Report on vaccination in Madras 1877-1894 - 1877-1894
Year: 1877
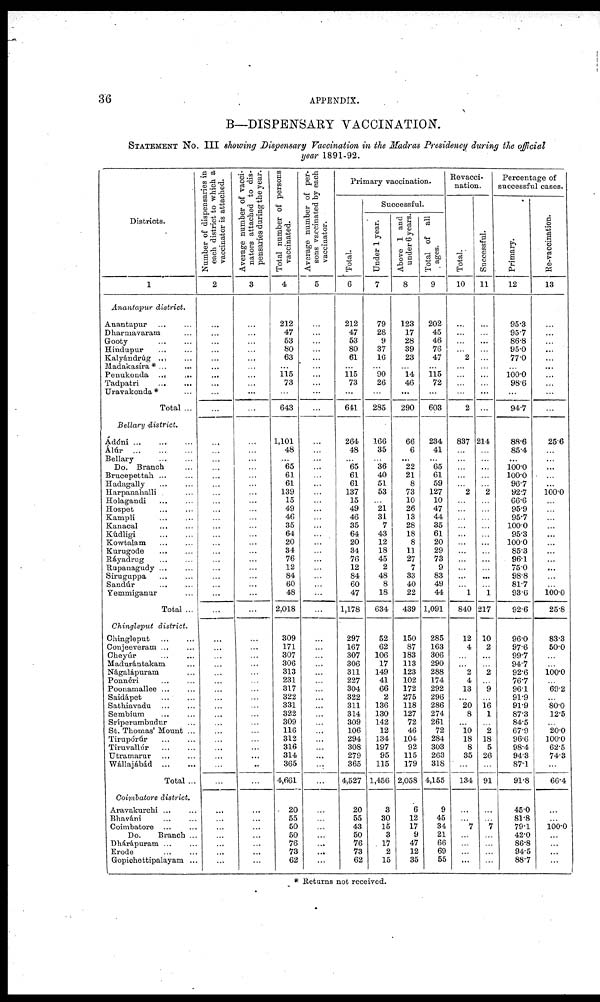
36
APPENDIX.
B—DISPENSARY VACCINATION.
STATEMENT No. III showing Dispensary Vaccination in the Madras Presidency during the official
year 1891-92.
Districts.
1
Anantapur district.
Anantapur ... ...
Dharmavaram ...
Gooty
...
...
Hindupur ... ...
Kalyándrúg ... ...
Madakasíra * ... ...
Penukonda
...
...
Tadpatri
...
...
Uravakonda* ...
Total ...
Bellary district.
Ádóni
...
...
...
Álúr
...
...
...
Bellary
...
...
Do. Branch ...
Brucepettah ... ...
Hadagally ... ...
Harpanahalli ... ...
Holagandi
...
...
Hospet ... ...
Kampli
...
...
Kanacal ... ...
Kúdligi
...
...
Kowtalam
...
...
Kurugode ... ...
Ráyadrug
...
...
Rupanagudy ... ...
Siruguppa
...
...
Sandúr ... ...
Yemmiganur ...
Total ...
Chingleput district.
Chingleput
...
...
Conjeeveram ... ...
Cheyúr ... ...
Madurántakam ...
Nágalápuram ...
Ponnéri
...
...
Poonamallee ... ...
Saidápet ... ...
Sathiavadu ... ...
Sembium ... ...
Sríperumbudur ...
St. Thomas' Mount ...
Tirupórúr ... ...
Tiruvallúr ... ...
Utramarur
...
...
Wállajábád
...
...
Total ...
Coimbatore district.
Aravaknuchi ... ...
Bhaváni ... ...
Coimbatore ... ...
Do.
Branch ...
Dhárápuram ... ...
Erode
...
...
Gopichettipalayam ...
Number of dispensaries in
each district to which a
vaccinator is attached.
2
...
...
...
...
...
...
...
...
...
...
...
...
...
...
...
...
...
...
...
...
...
...
...
...
...
...
...
...
...
...
...
...
...
...
...
...
...
...
...
...
...
...
...
...
...
...
...
...
...
...
...
...
...
...
Average number of vacci-
nators attached to dis-
pensaries during the year.
3
...
...
...
...
...
...
...
...
...
...
...
...
...
...
...
...
...
...
...
...
...
...
...
...
...
...
...
...
...
...
...
...
...
...
...
...
...
...
...
...
...
...
...
...
...
...
...
...
...
...
...
...
...
...
Total number of persons
vaccinated.
4
212
47
53
80
63
...
115
73
...
643
1,101
48
...
65
61
61
139
15
49
46
35
64
20
34
76
12
84
60
48
2,018
309
171
307
306
313
231
317
322
331
322
309
116
312
316
314
365
4,661
20
55
50
50
76
73
62
Average number of per-
sons vaccinated by each
vaccinator.
5
...
...
...
...
...
...
...
...
...
...
...
...
...
...
...
...
...
...
...
...
...
...
...
...
...
...
...
...
...
...
...
...
...
...
...
...
...
...
...
...
...
...
...
...
...
...
...
...
...
...
...
...
...
...
Primary vaccination.
Total.
6
212
47
53
80
61
...
115 73
...
641
264
48
...
65
61
61
137
15
49
46
35
64
20
34
76
12
84
60
47
1,178
297
167
307
306
311
227
304
322
311
314
309
106
294
308
279
365
4,527
20
55
43
50
76
73
62
Successful.
Under 1 year.
7
79
28
9
37
16
...
90
26
...
285
166
35
...
36
40
51
53
...
21
31
7
43
12
18
45
2
48
8
18
634
52
62
106
17
149
41
66
2
136
130
142
12
134
197
95
115
1,456
8
30
15
8
17
2
15
Above 1 and
under 6 years.
8
123
17
28
39
23
...
14
46
...
290
66
6
...
22
21
8
73
10
26
13
28
18
8
11
27
7
33
40
22
439
150
87
183
113
123
102
172
275
118
127
72
46
104
92
115
179
2,058
6
12
17
9
47
12
35
Total of all
ages.
9
202
45
46
76
47
...
115
72
...
603
234
41
...
65
61
59
127
10
47
44
35
61
20
29
73
9
83
49
44
1,091
285
163
306
290
288
174
292
296
286
274
261
72
284
303
263
318
4,155
9
45
34
21
66
69
55
Revacci-
nation.
Total.
10
...
...
...
...
2
...
...
...
...
2
837
...
...
...
...
...
2
...
...
...
...
...
...
...
...
...
...
...
1
840
12
4
...
...
2
4
13
...
20
8
...
10
18
8
35
...
134
...
...
7
...
...
...
...
Successful.
11
...
...
...
...
...
...
...
...
...
...
214
...
...
...
...
...
2
...
...
...
...
...
...
...
...
...
...
...
1
217
10
2
...
...
2
...
9
...
16
1
...
2
18
5
26
...
91
...
...
7
...
...
...
...
Percentage of
successful cases.
Primary.
12
95.3
95.7
86.8
95.0
77.0
...
100.0
98.6
...
94.7
88.6
85.4
...
100.0
100.0
96.7
92.7
66.6
95.9
95.7
100.0
95.3
100.0
85.3
96.1
75.0
98.8
81.7
93.6
92.6
96.0
97.6
99.7
94.7
92.6
76.7
96.1
91.9
91.9
87.3
84.5
67.9
96.6
98.4
94.3
87.1
91.8
45.0
81.8
79.1
42.0
86.8
94.5
88.7
Re-vaccination.
13
...
...
...
...
...
...
...
...
...
...
25.6
...
...
...
...
...
100.0
...
...
...
...
...
...
...
...
...
...
...
100.0
25.8
83.3
50.0
...
...
100.0
...
69.2
...
80.0
12.5
...
20.0
100.0
62.5
74.3
...
66.4
...
...
100.0
...
...
...
...
* Returns not received.